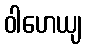
ဝါဟေယျ